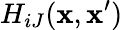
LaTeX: H_{iJ}({\mathbf x},{\mathbf x}^{\prime})